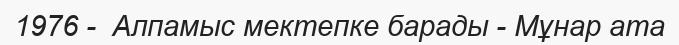
1976 -  Алпамыс мектепке барады - Мұнар ата